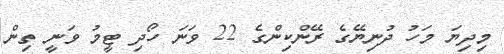
މިދިޔަ މަހު ދުނިޔޭގެ ރޭންކިންގެ 22 ވަނަ ހޯދި ޓީމު ވަނީ ތިން